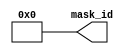
// ========== Copyright Header Begin ==========================================
// 
// OpenSPARC T1 Processor File: ctu_jtag_id.v
// Copyright (c) 2006 Sun Microsystems, Inc.  All Rights Reserved.
// DO NOT ALTER OR REMOVE COPYRIGHT NOTICES.
// 
// The above named program is free software; you can redistribute it and/or
// modify it under the terms of the GNU General Public
// License version 2 as published by the Free Software Foundation.
// 
// The above named program is distributed in the hope that it will be 
// useful, but WITHOUT ANY WARRANTY; without even the implied warranty of
// MERCHANTABILITY or FITNESS FOR A PARTICULAR PURPOSE.  See the GNU
// General Public License for more details.
// 
// You should have received a copy of the GNU General Public
// License along with this work; if not, write to the Free Software
// Foundation, Inc., 51 Franklin St, Fifth Floor, Boston, MA 02110-1301, USA.
// 
// ========== Copyright Header End ============================================
//
//    Cluster Name:  CTU
//    Unit Name: ctu_mask_id

// Mask programmable revision cell. The cell generates a 4-bit value based
// on the output of four 9-input XOR-trees. Each XOR-tree has an input
// connection to each of Niagara's 9 metal layers. The inputs are connected
// to 0 or 1 by means of metal straps connected to pull-downs and pull-ups.
// The cell is constructed such that only metal fill or removal is needed
// to alter the die's revision using any number of metal layer changes.

module ctu_jtag_id (/*AUTOARG*/
// Outputs
mask_id
);

output [3:0] mask_id;

parameter [9:1] id3_m = 9'b0;
parameter [9:1] id2_m = 9'b0;
parameter [9:1] id1_m = 9'b0;
parameter [9:1] id0_m = 9'b0;

//        Input layer : metal 1    metal 2    metal 3    metal 4    metal 5    metal 6    metal 7    metal 8    metal 9
assign 	   mask_id[0] = id0_m[1] ^ id0_m[2] ^ id0_m[3] ^ id0_m[4] ^ id0_m[5] ^ id0_m[6] ^ id0_m[7] ^ id0_m[8] ^ id0_m[9];
assign 	   mask_id[1] = id1_m[1] ^ id1_m[2] ^ id1_m[3] ^ id1_m[4] ^ id1_m[5] ^ id1_m[6] ^ id1_m[7] ^ id1_m[8] ^ id1_m[9];
assign 	   mask_id[2] = id2_m[1] ^ id2_m[2] ^ id2_m[3] ^ id2_m[4] ^ id2_m[5] ^ id2_m[6] ^ id2_m[7] ^ id2_m[8] ^ id2_m[9];
assign 	   mask_id[3] = id3_m[1] ^ id3_m[2] ^ id3_m[3] ^ id3_m[4] ^ id3_m[5] ^ id3_m[6] ^ id3_m[7] ^ id3_m[8] ^ id3_m[9];

endmodule